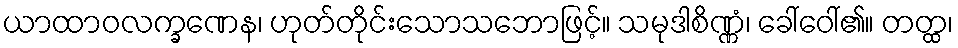
ယာထာဝလက္ခဏေန၊ ဟုတ်တိုင်းသောသဘောဖြင့်။ သမုဒါစိဏ္ဏံ၊ ခေါ်ဝေါ်၏။ တတ္ထ၊